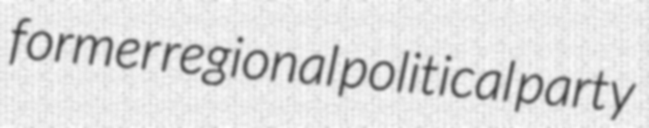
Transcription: former regional political party